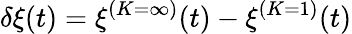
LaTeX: \delta\xi(t)=\xi^{(K=\infty)}(t)-\xi^{(K=1)}(t)